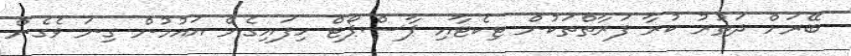
ބޭރަށް ދަތުރު ކުރާ ފަރާތްތަކުން ޓިކެޓާއި ޕާސްޕޯޓް ހިފައިގެން އައުމުން ގިނަ ވެގެން